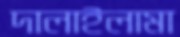
দালাইলামা